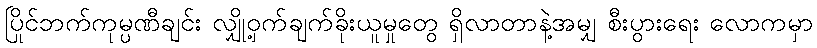
ပြိုင်ဘက်ကုမ္ပဏီချင်း လျှို့ဝှက်ချက်ခိုးယူမှုတွေ ရှိလာတာနဲ့အမျှ စီးပွားရေး လောကမှာ